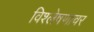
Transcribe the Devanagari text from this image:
विश्लेषणावर